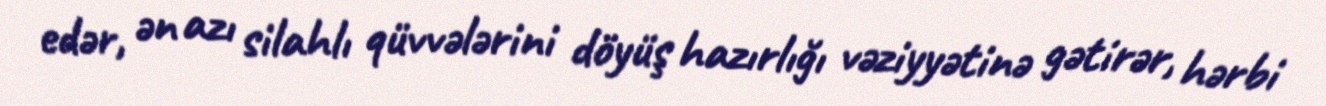
edər, ən azı silahlı qüvvələrini döyüş hazırlığı vəziyyətinə gətirər, hərbi